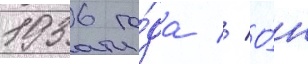
1936 го́да // О́н